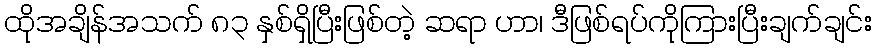
ထိုအချိန်အသက် ၈၃ နှစ်ရှိပြီးဖြစ်တဲ့ ဆရာ ဟာ၊ ဒီဖြစ်ရပ်ကိုကြားပြီးချက်ချင်း